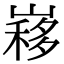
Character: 𡻣